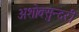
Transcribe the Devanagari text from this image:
अशोक्सुन्दरी